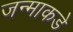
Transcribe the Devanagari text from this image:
जन्माकडे